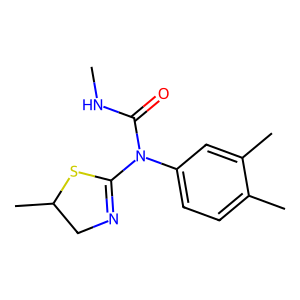
SMILES: CNC(=O)N(C1=NCC(C)S1)c1ccc(C)c(C)c1
Inhibits HIV replication: No